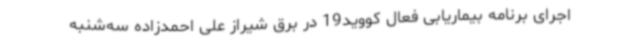
اجرای برنامه بیماریابی فعال کووید19 در برق شیراز علی احمدزاده سه‌شنبه